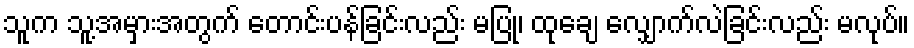
သူက သူ့အမှားအတွက် တောင်းပန်ခြင်းလည်း မပြု၊ ထုချေ လျှောက်လဲခြင်းလည်း မလုပ်။